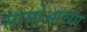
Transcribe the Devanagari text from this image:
सामोआच्या